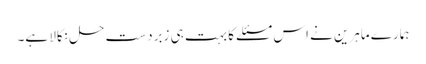
ہمارے ماہرین نے اس مسئلے کا بہت ہی زبردست حل نکالا ہے۔